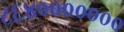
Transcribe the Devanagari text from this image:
८६४०००००००